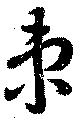
束